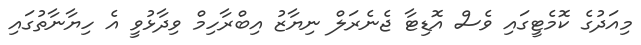
މިއަދުގެ ކޮމެޓީގައި ވެސް އޮޑިޓާ ޖެނެރަލް ނިޔާޒު އިބްރާހިމް ވިދާޅުވީ އެ ހިޔާނާތުގައި